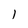
Character: l